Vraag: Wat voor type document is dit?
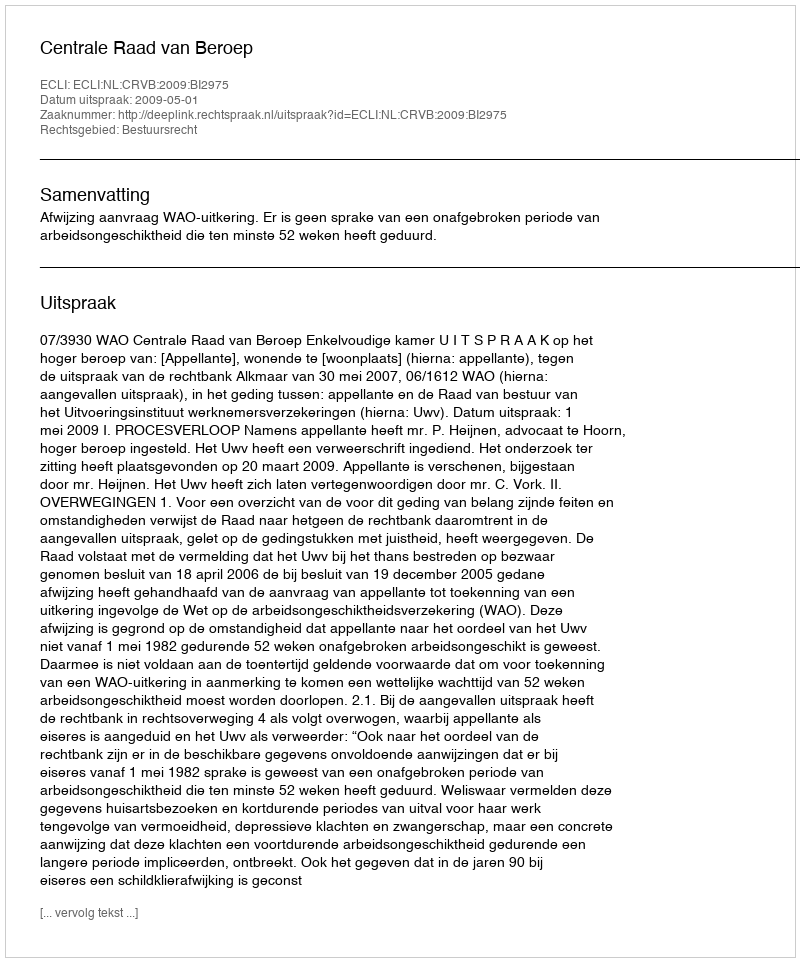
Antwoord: Uitspraak